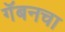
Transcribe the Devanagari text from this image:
गॅबनचा